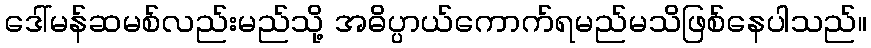
ဒေါ်မန်ဆမစ်လည်းမည်သို့ အဓိပ္ပာယ်ကောက်ရမည်မသိဖြစ်နေပါသည်။